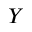
Y